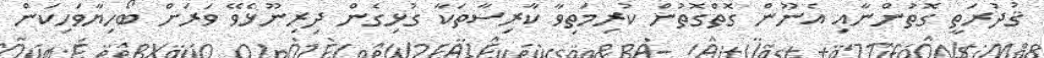
ޤުދުރަތީ ގޮތުންނާއި އެނޫން ގޮތްގޮތުން ކުރިމަތިވާ ކާރިސާތަކާ ގުޅިގެން ދިރިނޫޅެވޭ ވަރަށް ބޯހިޔާވަހިކަން